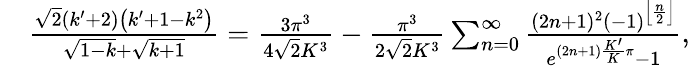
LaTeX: \begin{array}{rl}&{\frac{\sqrt{2}\left(k^{\prime}+2\right)\left(k^{\prime}+1-k^{2}\right)}{\sqrt{1-k}+\sqrt{k+1}}=\frac{3\pi^{3}}{4\sqrt{2}K^{3}}-\frac{\pi^{3}}{2\sqrt{2}K^{3}}\sum_{n=0}^{\infty}\frac{(2n+1)^{2}(-1)^{\left\lfloor\frac{n}{2}\right\rfloor}}{e^{(2n+1)\frac{K^{\prime}}{K}\pi}-1},}\end{array}